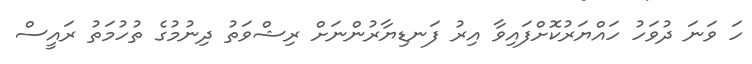
ހަ ވަނަ ދުވަހު ހައްޔަރުކޮށްފައިވާ އިރު ފަނޑިޔާރުންނަށް ރިޝްވަތު ދިނުމުގެ ތުހުމަތު ރައީސް